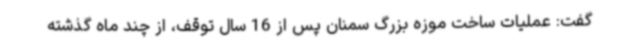
گفت: عملیات ساخت موزه بزرگ سمنان پس از 16 سال توقف، از چند ماه گذشته